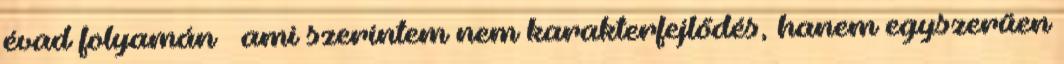
évad folyamán — ami szerintem nem karakterfejlődés, hanem egyszerűen